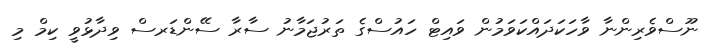
ނޫސްވެރިންނާ ވާހަކަދައްކަވަމުން ވައިޓް ހައުސްގެ ތަރުޖަމާނު ސާރާ ސޭންޑަރސް ވިދާޅުވީ ކިމް މި